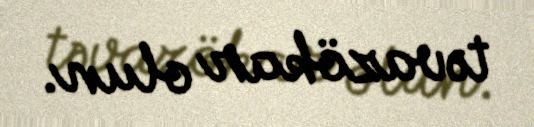
təvazökar olun.